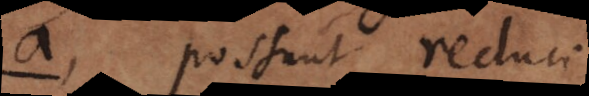
a, possunt reduci